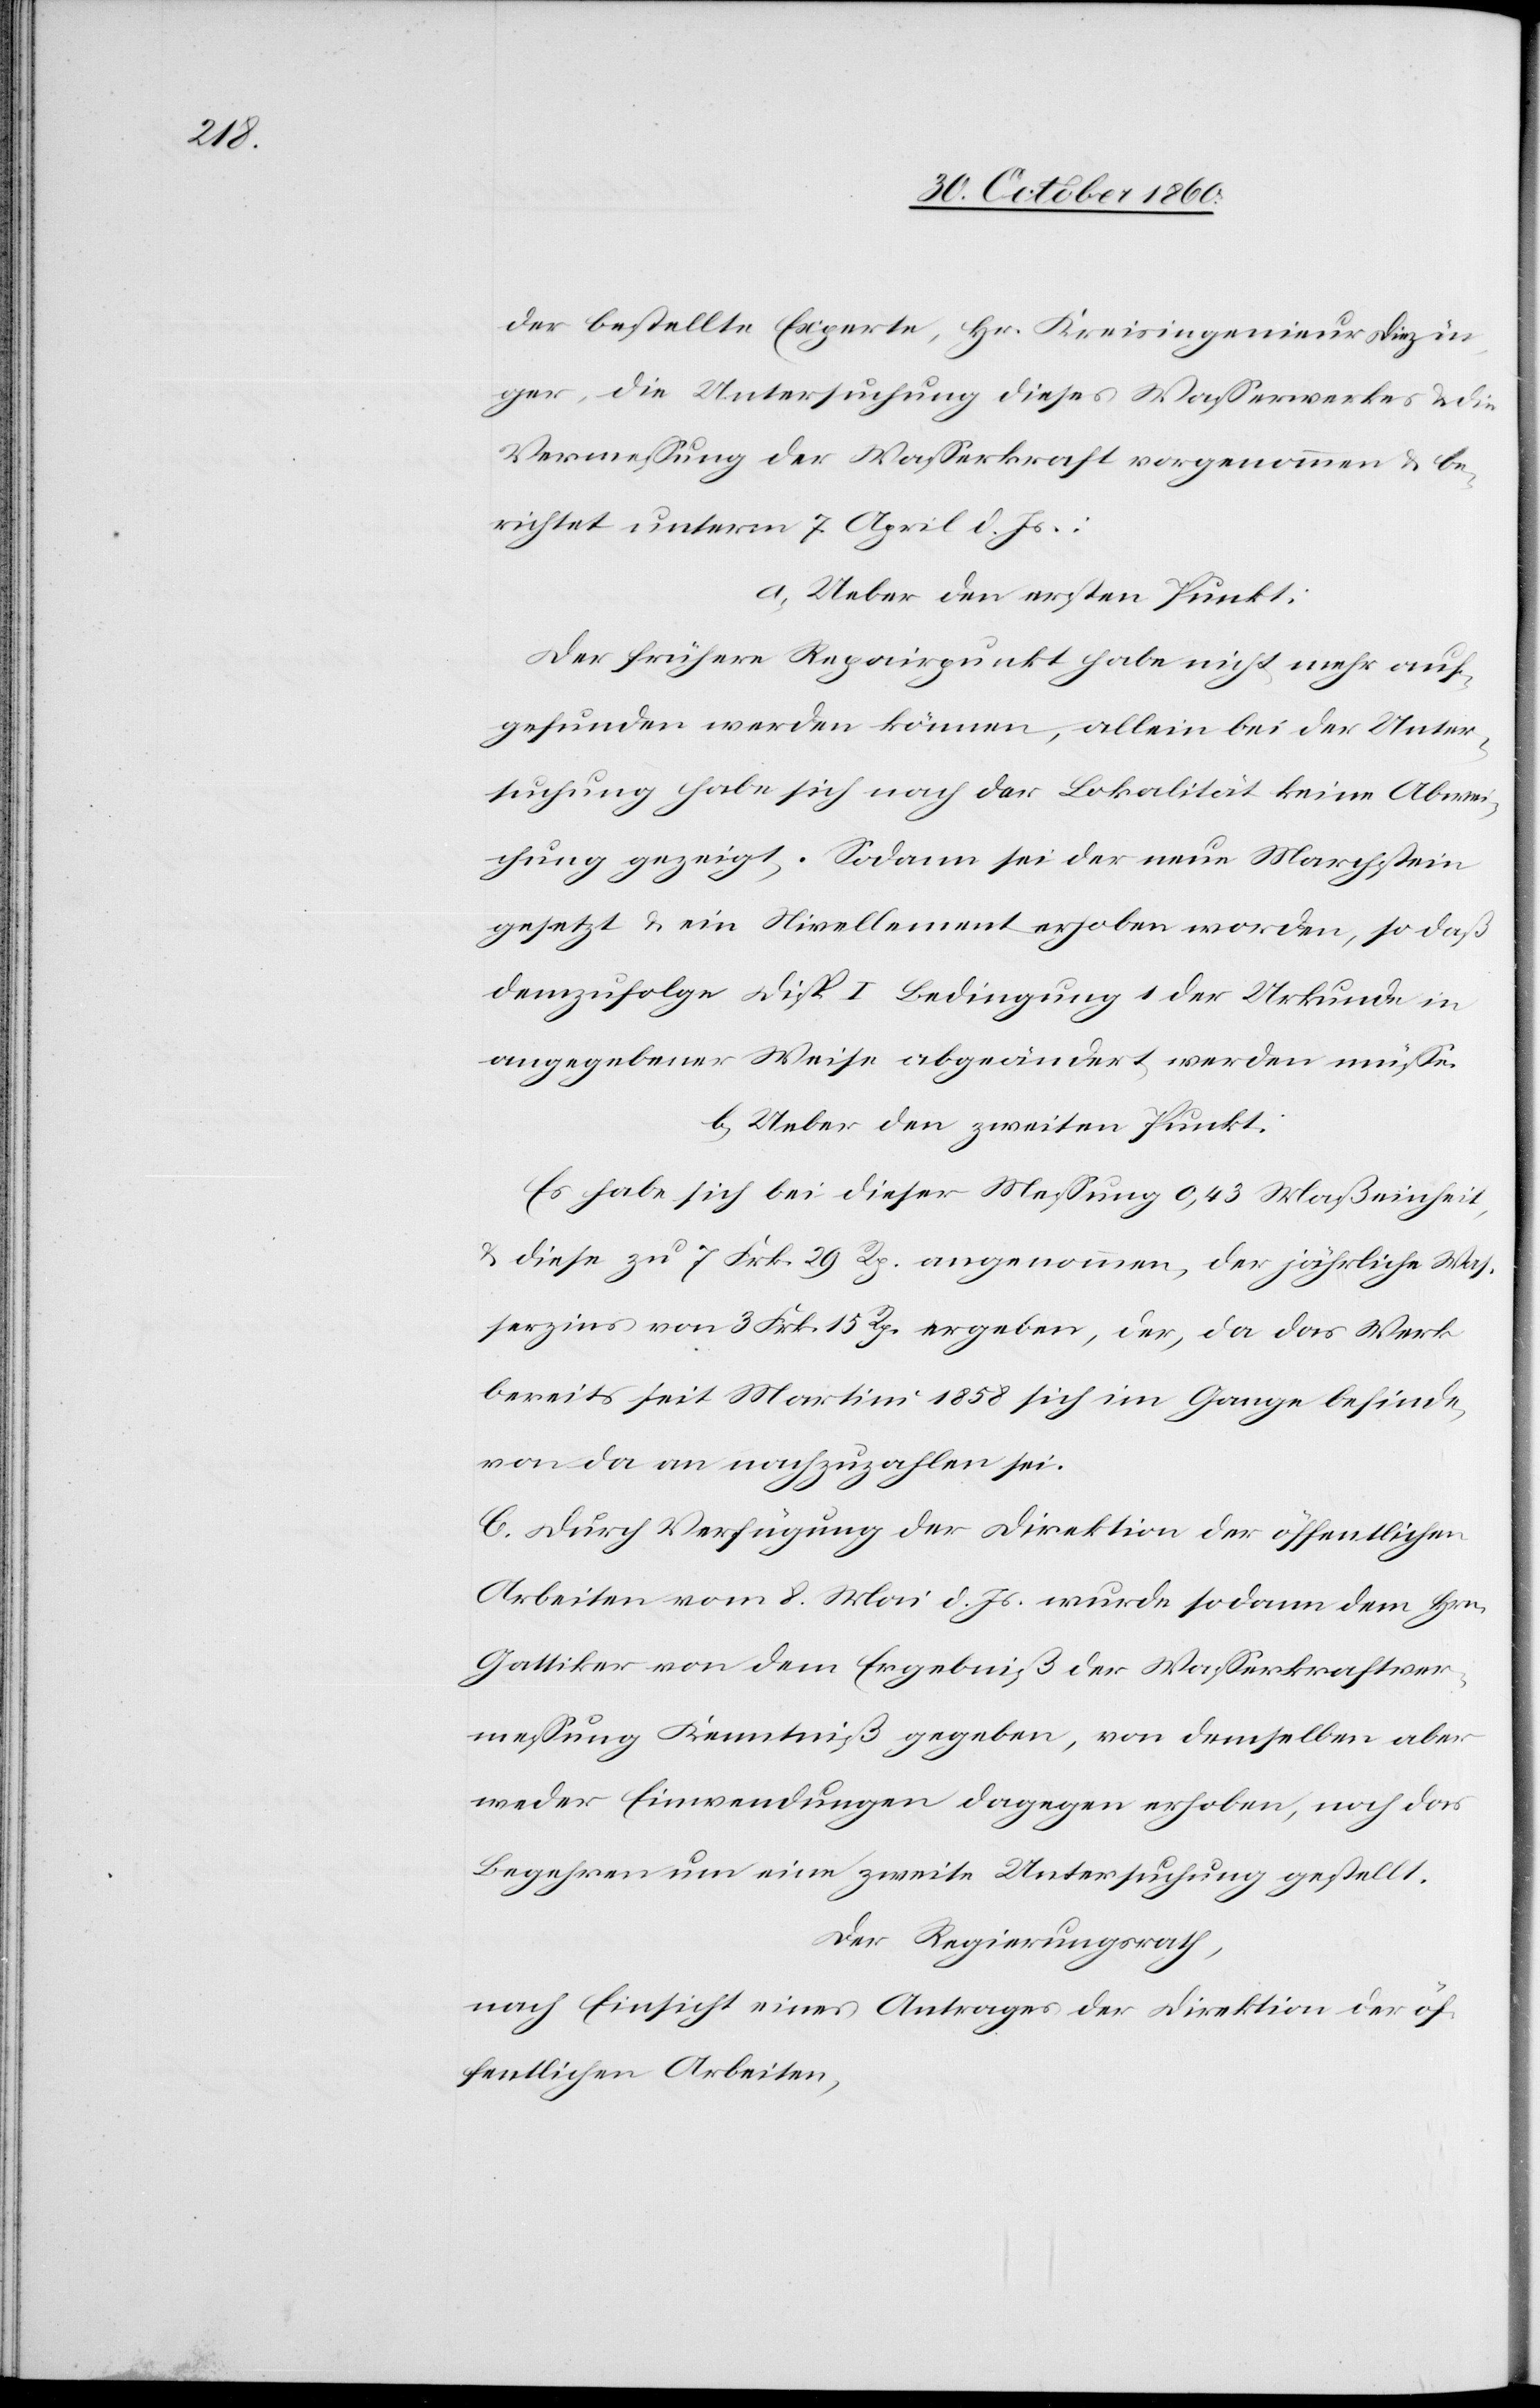
der bestellte Experte, Hr. Kreisingenieur Diezin¬
ger, die Untersuchung dieses Wasserwerkes u. die
Vermessung der Wasserkraft vorgenommen u. be¬
richtet unterm 7. April d. Js.:
a. Ueber den ersten Punkt:
Der frühere Repairpunkt habe nicht mehr auf¬
gefunden werden können, allein bei der Unter¬
suchung habe sich nach der Lokalität keine Abwe¬
ichung gezeigt. Sodann sei der neue Marchstein
gesetzt u. ein Nivellement erhoben worden, so daß
demzufolge Disp. I Bedingung 1 der Urkunde in
angegebener Weise abgeändert werden müsse.
b. Ueber den zweiten Punkt:
Es habe sich bei dieser Messung 0,43 Maßeinheit,
u. diese zu 7 Frk. 29 Rp. angenommen, der jährliche Was¬
serzins von 3 Frk. 15 Rp. ergeben, der, da das Werk
bereits seit Martini 1858 sich im Gange befinde,
von da an nachzuzahlen sei.
C. Durch Verfügung der Direktion der öffentlichen
Arbeiten vom 8. Mai d. Js. wurde sodann dem Hrn.
Gattiker von dem Ergebniß der Wasserkraftver¬
messung Kenntniß gegeben, von demselben aber
weder Einwendungen dagegen erhoben, noch das
Begehren um eine zweite Untersuchung gestellt.
Der Regierungsrath
nach Einsicht eines Antrages der Direktion der öf¬
fentlichen Arbeiten,